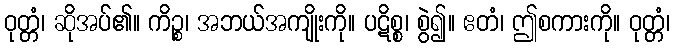
ဝုတ္တံ၊ ဆိုအပ်၏။ ကိဉ္စ၊ အဘယ်အကျိုးကို။ ပဋိစ္စ၊ စွဲ၍။ ဧတံ၊ ဤစကားကို။ ဝုတ္တံ၊